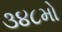
૩૪૮મો